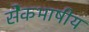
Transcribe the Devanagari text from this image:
सेेकभाषीय